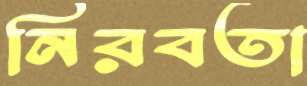
নিরবতা